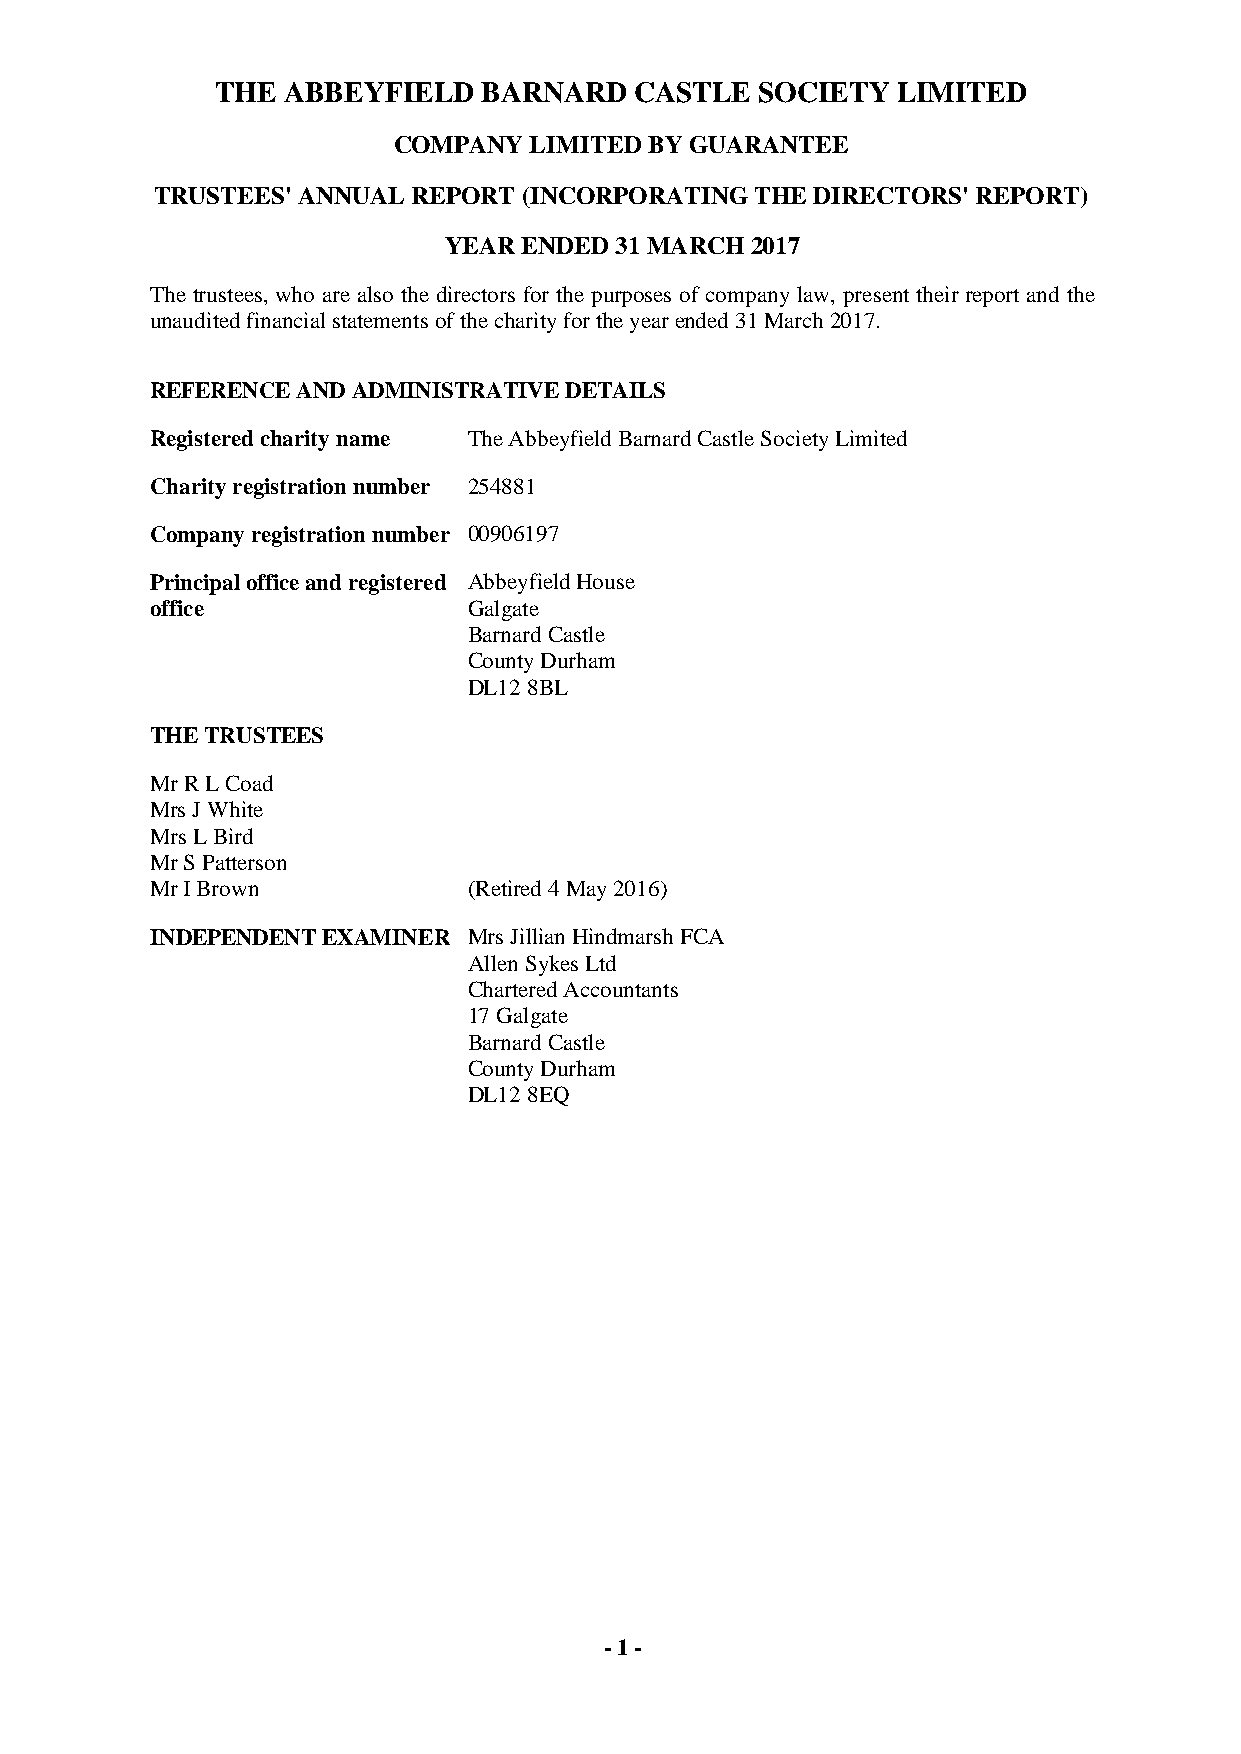
THE  ABBEYFIELD   BARNARD   CASTLE  SOCIETY  LIMITED
 COMPANY  LIMITED BY GUARANTEE
 TRUSTEES' ANNUAL REPORT  (INCORPORATING THE DIRECTORS' REPORT)
 YEAR  ENDED 31 MARCH 2017
 The trustees, who are also the directors for the purposes of company law, present their report and the
 unaudited financial statements of the charity for the year ended 31 March 2017.
 REFERENCE AND ADMINISTRATIVE DETAILS
 Registered charity name The Abbeyfield Barnard Castle Society Limited
 Charity registration number 254881
 Company registration number 00906197
 Principal office and registered Abbeyfield House
 office               Galgate
 Barnard Castle
 County Durham
 DL12 8BL
 THE TRUSTEES
 Mr R L Coad
 Mrs J White
 Mrs L Bird
 Mr S Patterson
 Mr I Brown           (Retired 4 May 2016)
 INDEPENDENT EXAMINER Mrs Jillian Hindmarsh FCA
 Allen Sykes Ltd
 Chartered Accountants
 17 Galgate
 Barnard Castle
 County Durham
 DL12 8EQ
 - 1 -